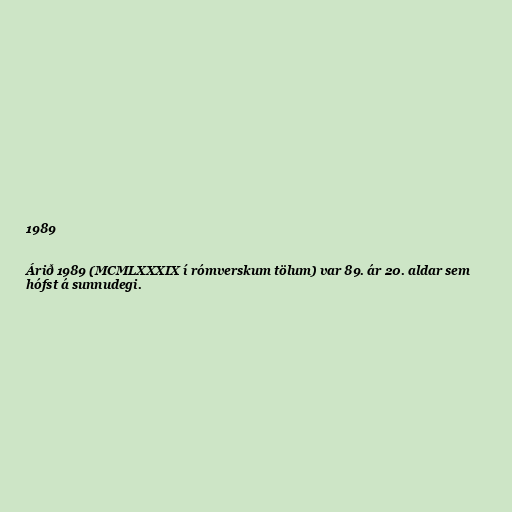
1989

Árið 1989 (MCMLXXXIX í rómverskum tölum) var 89. ár 20. aldar sem
hófst á sunnudegi.